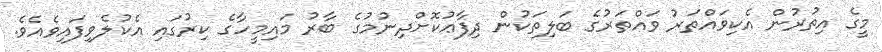
މީގެ އިތުރުން އެކިވައްތަރު ވައްތަރުގެ ބަލިތަކުން ދިފާޢުކޮށްދިނުމުގެ ބާރު މައިމީހާގެ ކިރުގައި އެކުލެވިފައިވެއެވެ.